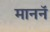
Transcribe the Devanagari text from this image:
माननॅ